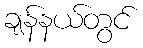
ချန်နယ်တွင်